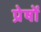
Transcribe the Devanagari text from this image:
प्रेषों